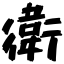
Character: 衛